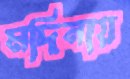
মদিনায়